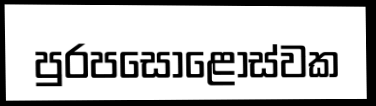
පුරපසොළොස්වක